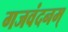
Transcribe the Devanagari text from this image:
गजवंदनम्